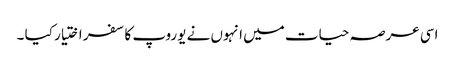
اسی عرصہ حیات میں انہوں نے یوروپ کا سفر اختیار کیا ۔